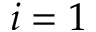
i = 1